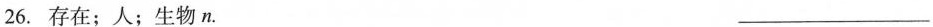
26.存在；人；生物n. ___